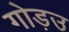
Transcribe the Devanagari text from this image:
गोड़उ